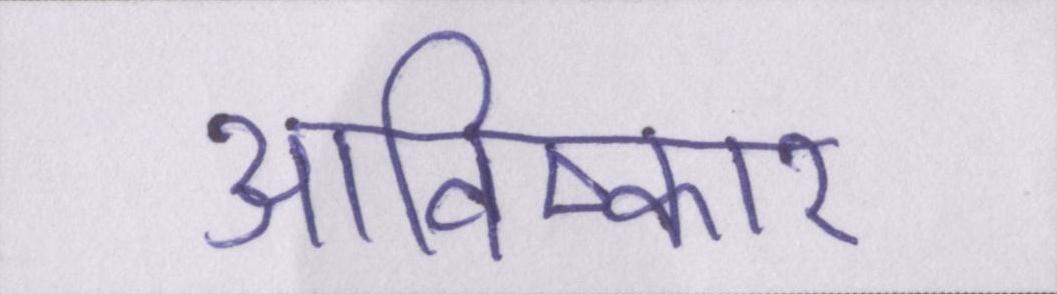
आविष्कार